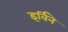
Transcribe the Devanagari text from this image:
इर्विने